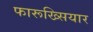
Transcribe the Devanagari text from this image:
फारूख्सियार